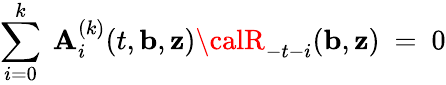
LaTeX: \sum_{i=0}^{k}\ \mathbf{A}_{i}^{(k)}(t,{\mathbf{b}},{\mathbf{z}}){\calR}_{-t-i}({\mathbf{b}},{\mathbf{z}})\ =\ 0